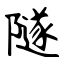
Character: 隧